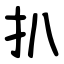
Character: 扒